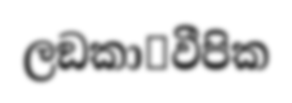
ලඞකා෾වීපික